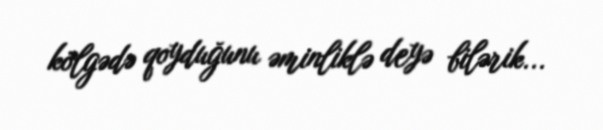
kölgədə qoyduğunu əminliklə deyə bilərik...